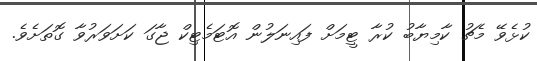
ކުޅެވޭ މެޗު ކާމިޔާބު ކުރާ ޓީމަށް ފައިނަލުން އޮޓަމެޓިކް ޖާގަ ކަށަވަރުވާ ގޮތަށެވެ.